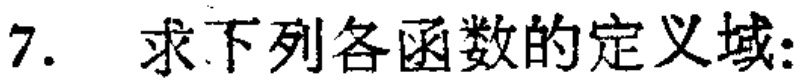
7. 求下列各函数的定义域: